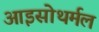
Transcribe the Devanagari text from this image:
आइसोथर्मल